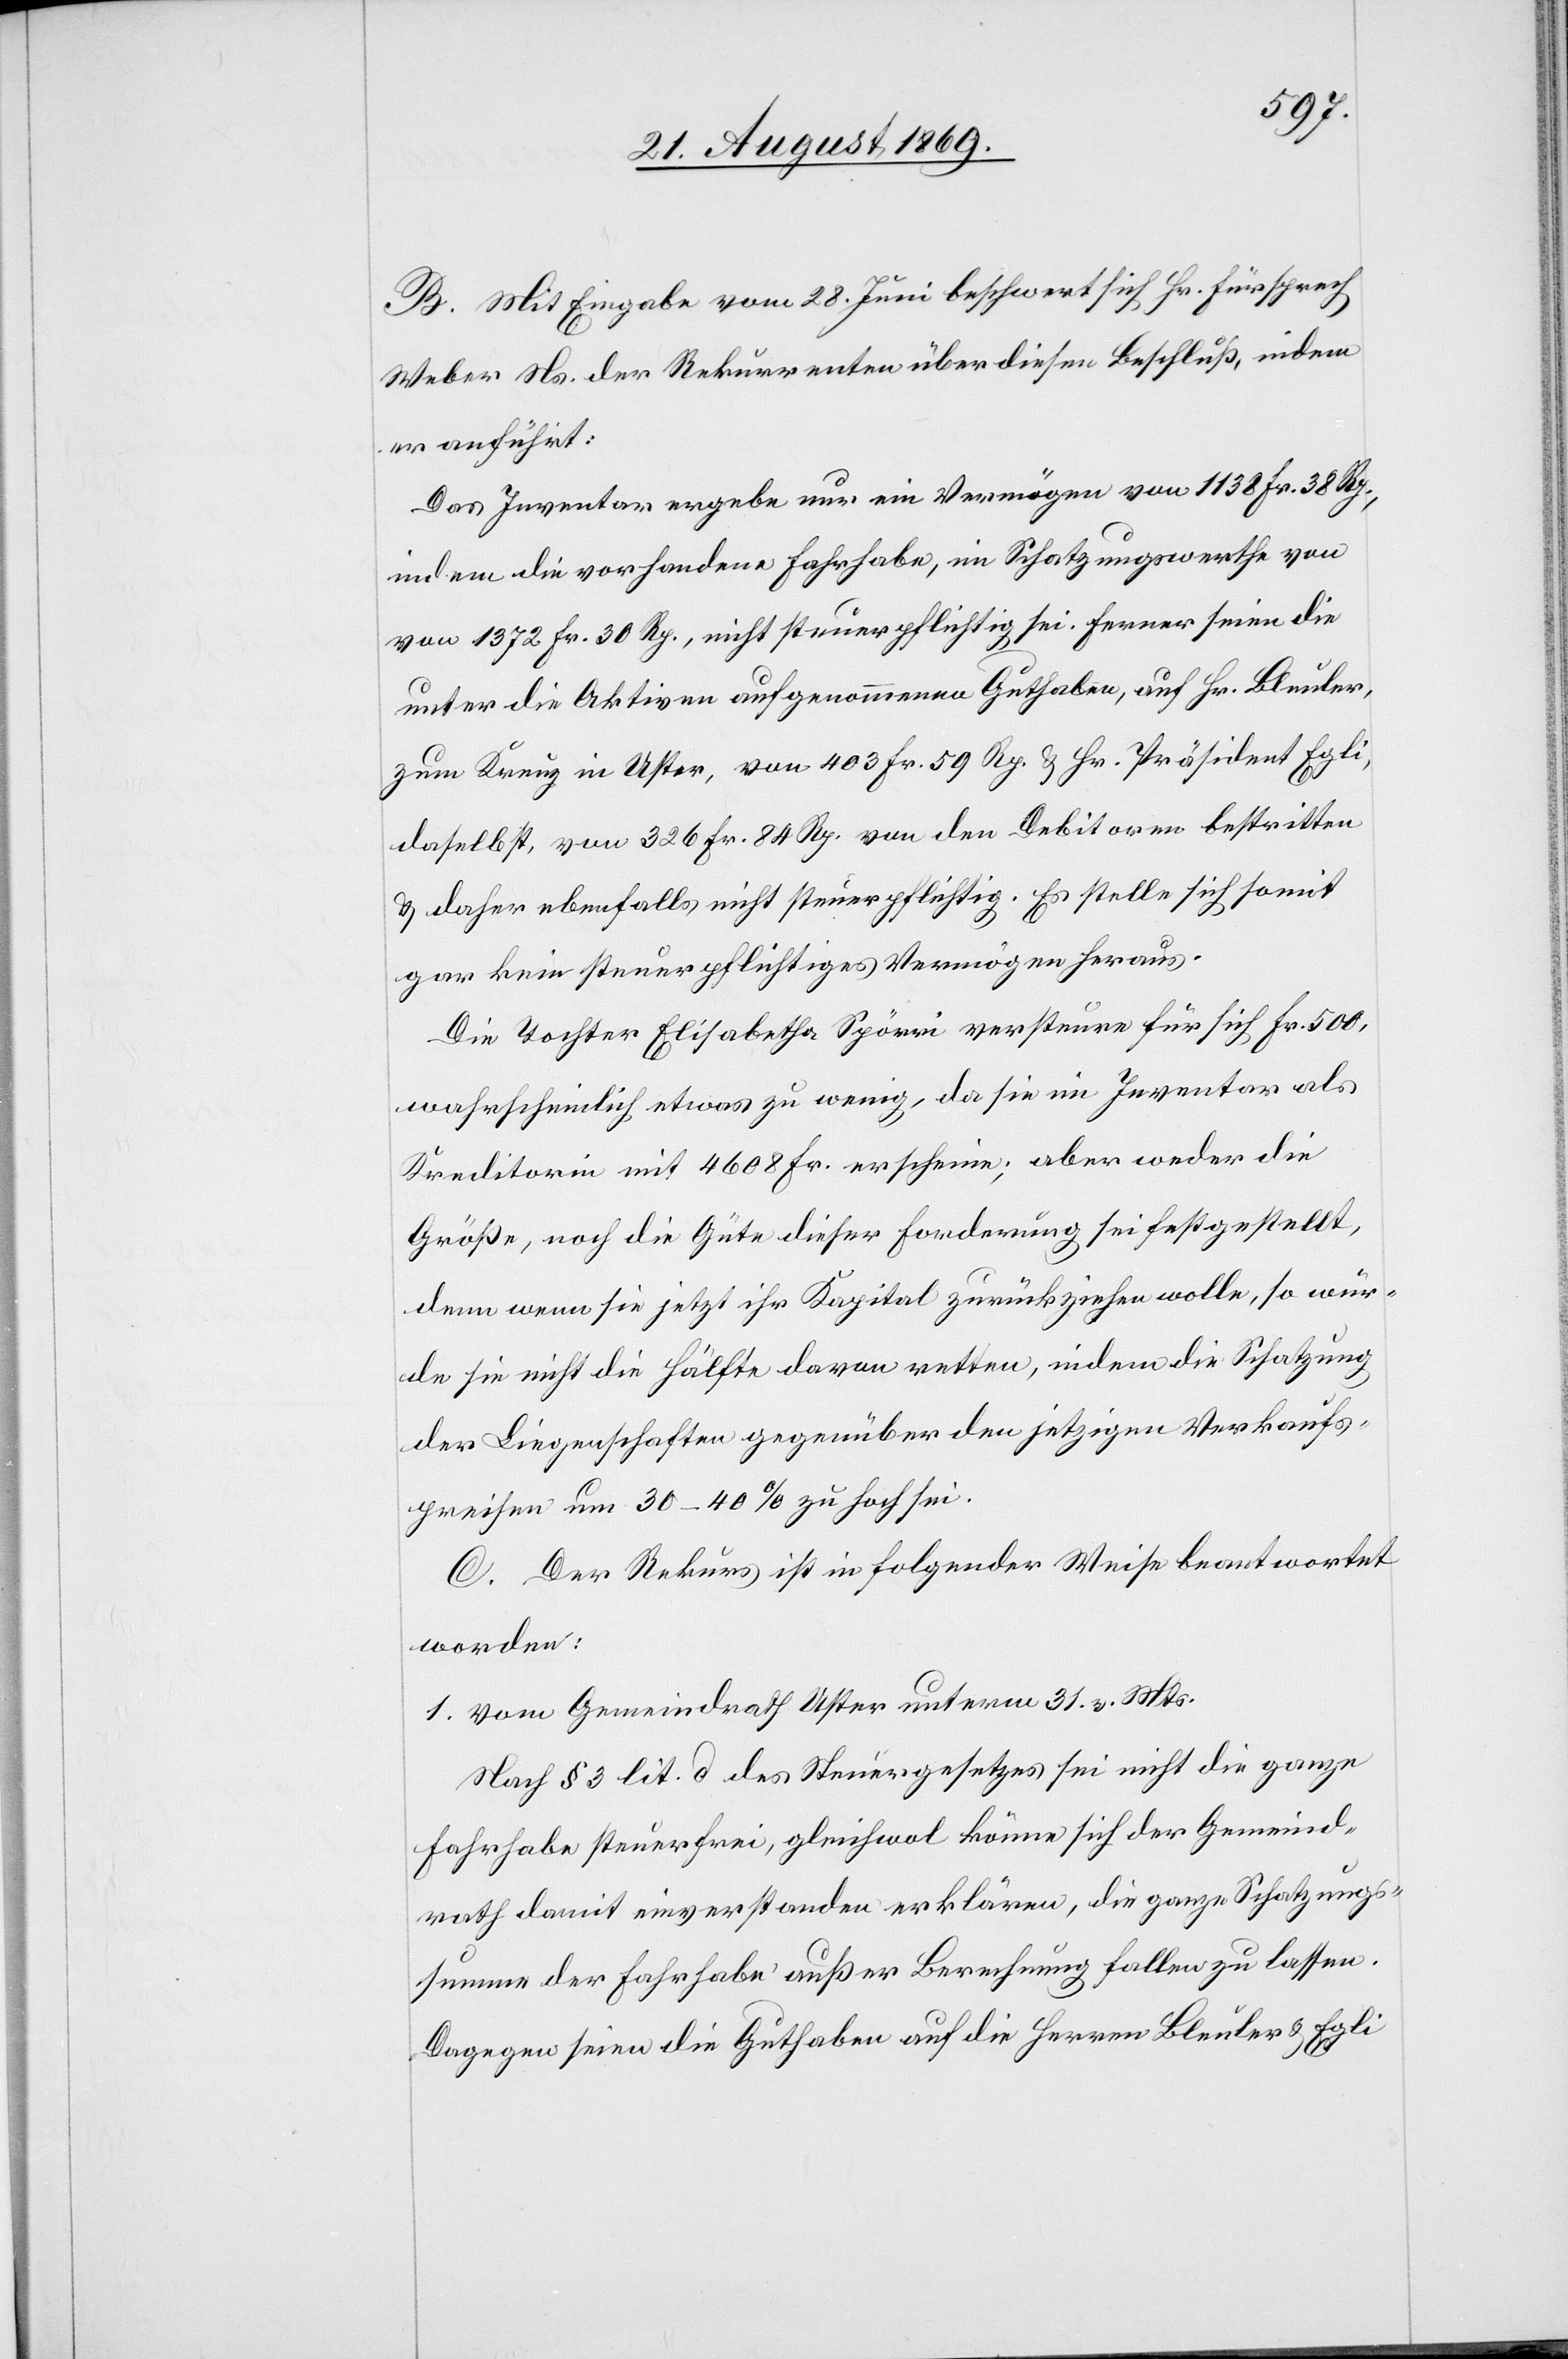
B. Mit Eingabe vom 28. Juni beschwert sich Hr. Fürsprech
Weber Ns. der Rekurrenten über diesen Beschluß, indem
er anführt:
Das Inventar ergebe nur ein Vermögen von 1138 Fr. 38 Rp.,
indem die vorhandene Fahrhabe, im Schatzungswerthe von
1372 Fr. 30 Rp., nicht steuerpflichtig sei. Ferner seien die
unter die Aktiven aufgenommenen Guthaben, auf Hr. Bleuler,
zum Kreuz in Uster, von 403 Fr. 59 Rp. & Hr. Präsident Egli,
daselbst, von 326 Fr. 84 Rp. von den Debitoren bestritten
& daher ebenfalls nicht steuerpflichtig. Es stelle sich somit
gar kein steuerpflichtiges Vermögen heraus.
Die Tochter Elisabetha Spörri versteure für sich Fr. 500,
wahrscheinlich etwas zu wenig, da sie im Inventar als
Kreditorin mit 4608 Fr. erscheine; aber weder die
Größe, noch die Güte dieser Forderung sei festgestellt,
denn wenn sie jetzt ihr Kapital zurückziehen wolle, so wür¬
de sie nicht die Hälfte davon retten, indem die Schatzung
der Liegenschaften gegenüber den jetzigen Verkaufs¬
preisen um 30–40% zu hoch sei.
C. Der Rekurs ist in folgender Weise beantwortet
worden:
1. vom Gemeindrath Uster unterm 31. v. Mts.
Nach § 3 lit. d des Steuergesetzes sei nicht die ganze
Fahrhabe steuerfrei, gleichwol könne sich der Gemeind¬
rath damit einverstanden erklären, die ganze Schatzungs¬
summe der Fahrhabe außer Berechnung fallen zu lassen.
Dagegen seien die Guthaben auf die Herren Bleuler & Egli